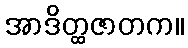
အာဒိတ္ထဇာတက။